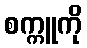
စက္ကူကို